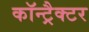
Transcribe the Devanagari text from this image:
कॉन्ट्रैक्टर